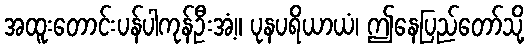
အထူးတောင်းပန်ပါကုန်ဦးအံ့။ ပုနပရိယာယံ၊ ဤနေပြည်တော်သို့